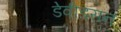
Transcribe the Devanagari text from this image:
डेवीडसन